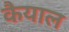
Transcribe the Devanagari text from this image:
कैयाल